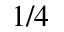
1 / 4